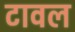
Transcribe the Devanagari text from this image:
टावल